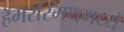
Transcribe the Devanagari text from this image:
हॅमरस्मिथमध्ये